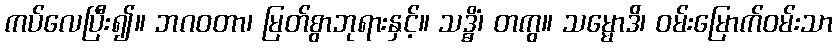
ကပ်လေပြီး၍။ ဘဂဝတာ၊ မြတ်စွာဘုရားနှင့်။ သဒ္ဓိံ၊ တကွ။ သမ္မောဒိ၊ ဝမ်းမြောက်ဝမ်းသာ